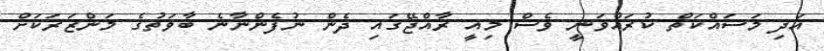
އަދި މަސައްކަތް ކުރައްވަނީ ވެސް މިއީ ރާއްޖޭގައި ދެން ނުފެންނާނެ ބާވަތުގެ މަންޒަރަކަށް